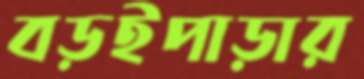
বড়ইপাড়ার